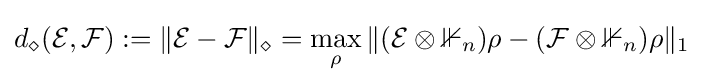
d_{\diamond }({\mathcal {E}},{\mathcal {F}}):=\|{\mathcal {E}}-{\mathcal {F}}\|_{\diamond }=\max _{\rho }\|({\mathcal {E}}\otimes \mathbb {1} _{n})\rho -({\mathcal {F}}\otimes \mathbb {1} _{n})\rho \|_{1}